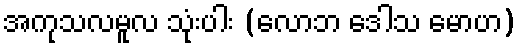
အကုသလမူလ သုံးပါး (လောဘ ဒေါသ မောဟ)